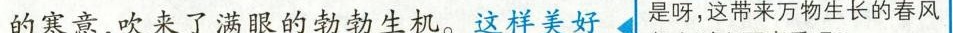
的寒意，吹来了满眼的勃勃生机。这样美好 是呀，这带来万物生长的春风